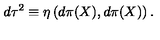
d \tau ^ { 2 } \equiv \eta \left( d \pi ( X ) , d \pi ( X ) \right) .